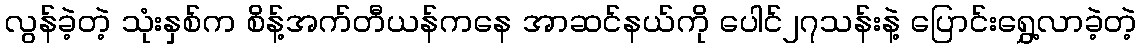
လွန်ခဲ့တဲ့ သုံးနှစ်က စိန့်အက်တီယန်ကနေ အာဆင်နယ်ကို ပေါင်၂၇သန်းနဲ့ ပြောင်းရွှေ့လာခဲ့တဲ့